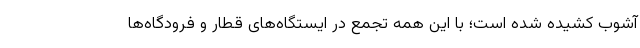
آشوب کشیده شده است؛ با این همه تجمع در ایستگاه‌های قطار و فرودگاه‌ها